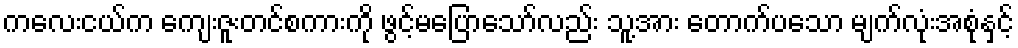
ကလေးငယ်က ကျေးဇူးတင်စကားကို ဖွင့်မပြောသော်လည်း သူ့အား တောက်ပသော မျက်လုံးအစုံနှင့်